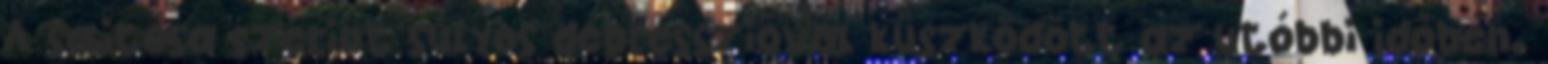
A sajtósa szerint súlyos depresszióval küszködött az utóbbi időben.